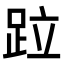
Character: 𨀎